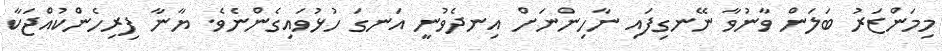
މިމަންޒަރު ބަލަން ވާނުވާ ނޭނގިފައި ނާހިންނަށް އިނދެވުނީ އަނގަ ހުޅުވައިގެންނެވެ. ޔާނާ ފިރިހެންކުއްޖަކާ